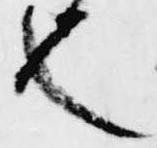
也